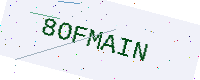
Text: 8OFMAIN